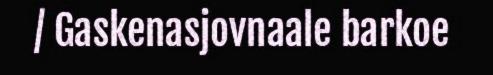
/ Gaskenasjovnaale barkoe